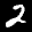
Label: 2